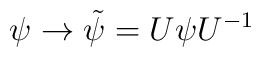
\psi \rightarrow \tilde{\psi} = U \psi U^{-1}